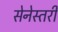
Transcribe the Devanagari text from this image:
सेनेस्तरी